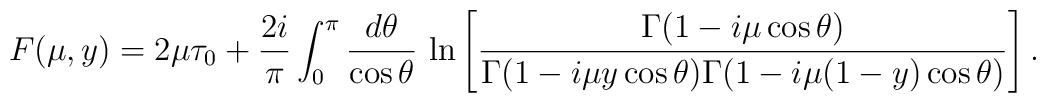
F(\mu, y) = 2\mu\tau_0 + \frac{2i}{\pi} \int_0^\pi  \frac{ d \theta}{\cos \theta}\, \ln \left[ \frac{\Gamma(1-i\mu \cos \theta)}{\Gamma(1-i\mu y \cos\theta)\Gamma(1-i\mu (1-y) \cos \theta)} \right].